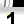
Digit: 1